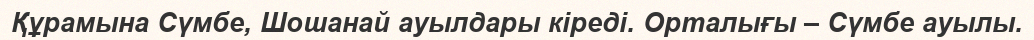
Құрамына Сүмбе, Шошанай ауылдары кіреді. Орталығы – Сүмбе ауылы.